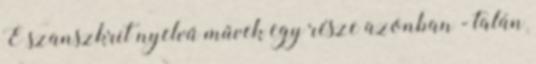
E szanszkrit nyelvű művek egy része azonban - talán